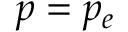
p = p _ { e }